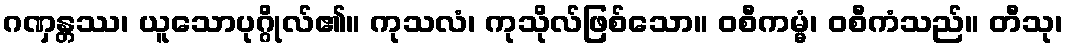
ဂဏှန္တဿ၊ ယူသောပုဂ္ဂိုလ်၏။ ကုသလံ၊ ကုသိုလ်ဖြစ်သော။ ဝစီကမ္မံ၊ ဝစီကံသည်။ တီသု၊